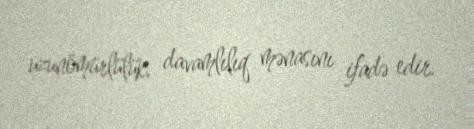
uzunömürlülük, davamlılıq mənasını ifadə edir.